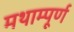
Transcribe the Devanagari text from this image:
मथाम्पूर्ण